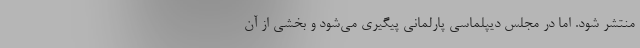
منتشر شود. اما در مجلس دیپلماسی پارلمانی پیگیری می‌شود و بخشی از آن